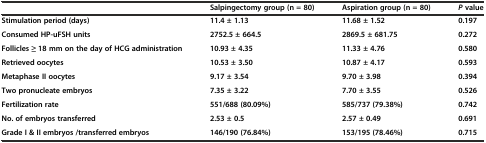
|  | Salpingectomy group (n = 80) | Aspiration group (n = 80) | Pvalue |
 | --- | --- | --- | --- |
 | Stimulation period (days) | 11.4 ± 1.13 | 11.68 ± 1.52 | 0.197 |
 | Consumed HP-uFSH units | 2752.5 ± 664.5 | 2869.5 ± 681.75 | 0.272 |
 | Follicles ≥ 18 mm on the day of HCG administration | 10.93 ± 4.35 | 11.33 ± 4.76 | 0.580 |
 | Retrieved oocytes | 10.53 ± 3.50 | 10.87 ± 4.17 | 0.593 |
 | Metaphase II oocytes | 9.17 ± 3.54 | 9.70 ± 3.98 | 0.394 |
 | Two pronucleate embryos | 7.35 ± 3.22 | 7.70 ± 3.55 | 0.526 |
 | Fertilization rate | 551/688 (80.09%) | 585/737 (79.38%) | 0.742 |
 | No. of embryos transferred | 2.53 ± 0.5 | 2.57 ± 0.49 | 0.691 |
 | Grade I & II embryos /transferred embryos | 146/190 (76.84%) | 153/195 (78.46%) | 0.715 |